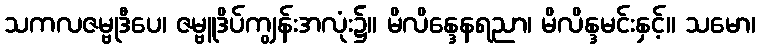
သကလဇမ္ဗုဒီပေ၊ ဇမ္ဗူဒိပ်ကျွန်းအလုံး၌။ မိလိန္ဒေနရညာ၊ မိလိန္ဒမင်းနှင့်။ သမော၊